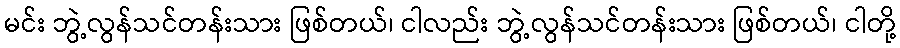
မင်း ဘွဲ့လွန်သင်တန်းသား ဖြစ်တယ်၊ ငါလည်း ဘွဲ့လွန်သင်တန်းသား ဖြစ်တယ်၊ ငါတို့